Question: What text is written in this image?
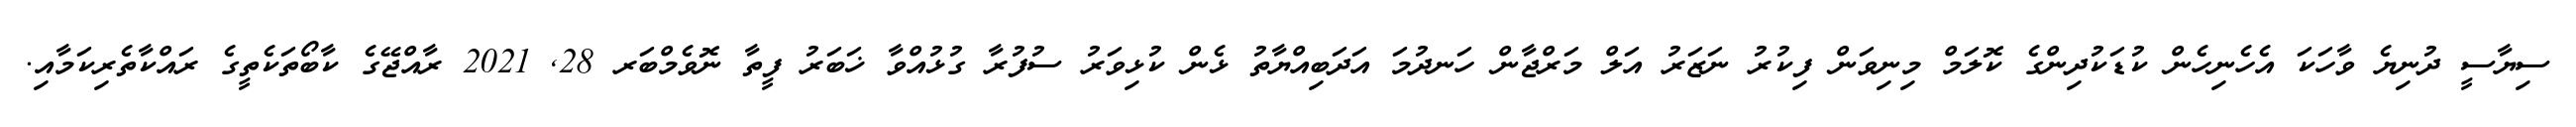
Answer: ސިޔާސީ ދުނިޔެ ވާހަކަ އެހެނިހެން ކުޑަކުދިންގެ ކޮލަމް މިނިވަން ފިކުރު ނަޒަރު އަލް މަރްޖާން ހަނދުމަ އަދަބިއްޔާތު ޅެން ކުޅިވަރު ސުފުރާ ގުޅުއްވާ ޚަބަރު ފީތާ ނޮވެމްބަރ 28, 2021 ރާއްޖޭގެ ކާބޯތަކެތީގެ ރައްކާތެރިކަމާއި.